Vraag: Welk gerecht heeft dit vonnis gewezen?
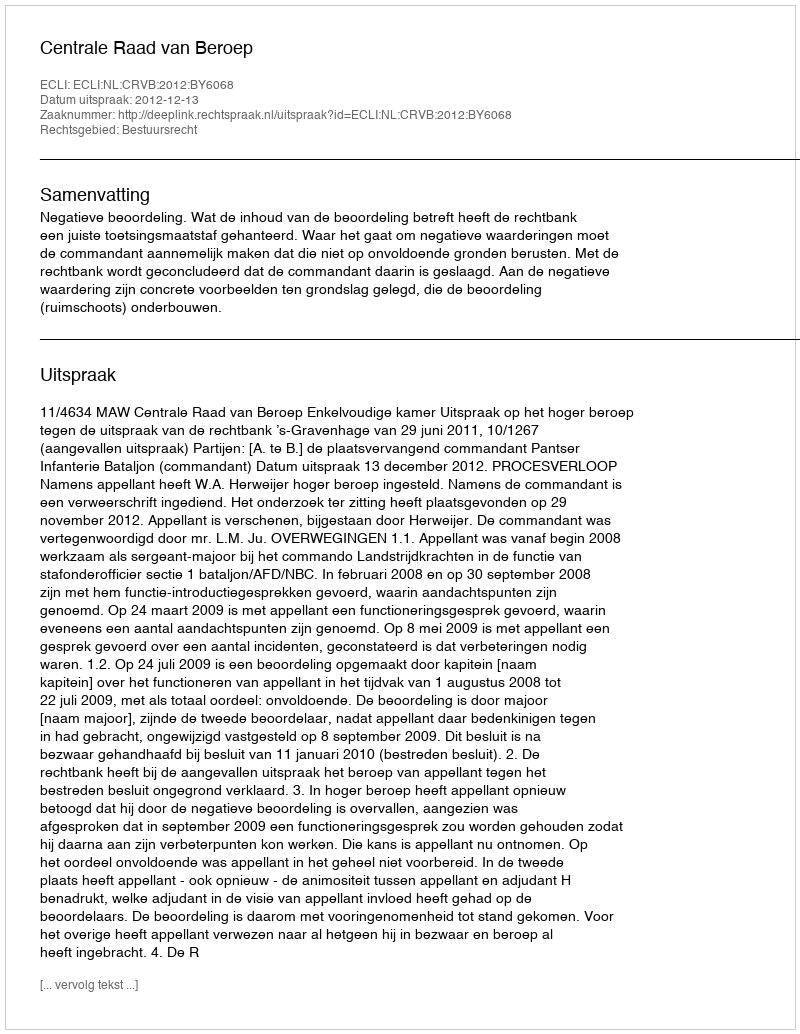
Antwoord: Centrale Raad van Beroep